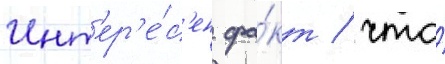
Инт'ер'е́с'ен фа́кт / что́